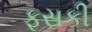
ફસકી